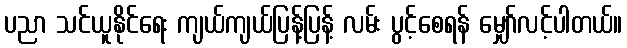
ပညာ သင်ယူနိုင်ရေး ကျယ်ကျယ်ပြန့်ပြန့် လမ်း ပွင့်စေရန် မျှော်လင့်ပါတယ်။